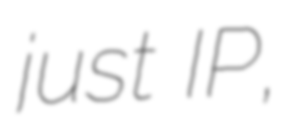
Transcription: just IP,